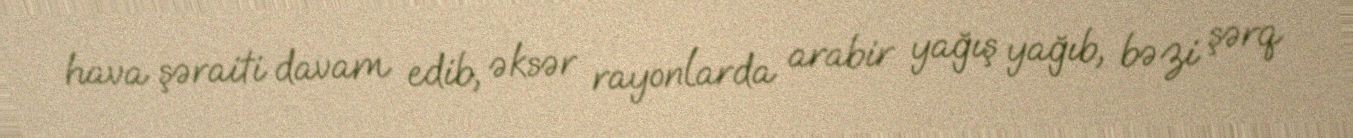
hava şəraiti davam edib, əksər rayonlarda arabir yağış yağıb, bəzi şərq